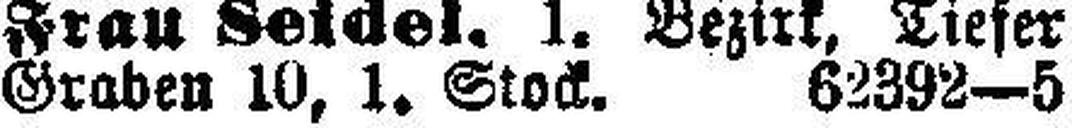
Graben 10, 1. Stock. 62392—5